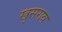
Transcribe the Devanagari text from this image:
खुसराव